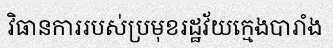
វិធានការរបស់ប្រមុខរដ្ឋវ័យក្មេងបារាំង